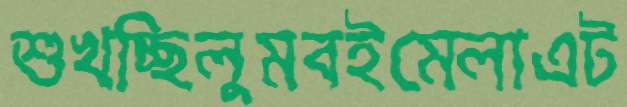
শুখচ্ছিলুমবইমেলাএট